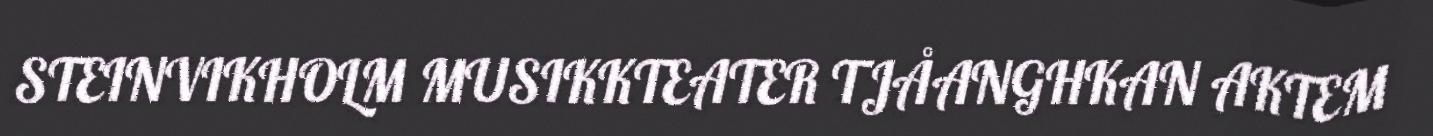
STEINVIKHOLM MUSIKKTEATER TJÅANGHKAN AKTEM